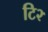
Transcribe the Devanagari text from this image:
टि२